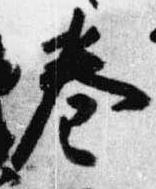
巻